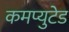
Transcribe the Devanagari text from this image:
कमप्युटेड